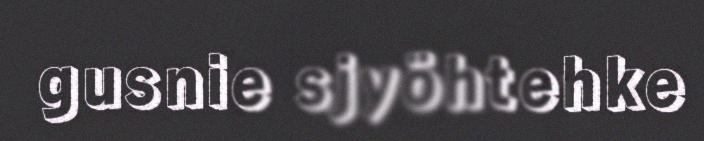
gusnie sjyöhtehke